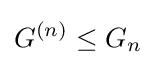
G^{(n)}\leq G_{n}